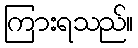
ကြားရသည်။